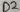
Text: D2